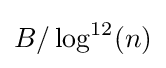
B/\log ^{12}(n)